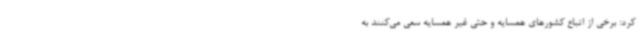
کرد: برخی از اتباع کشورهای همسایه و حتی غیر همسایه سعی می‌کنند به